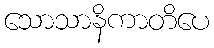
သောသာနိကာတိပေ